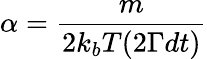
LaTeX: \alpha=\frac{m}{2k_{b}T(2\Gamma dt)}